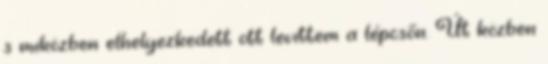
s miközben elhelyezkedett ott levittem a lépcsőn. Út közben